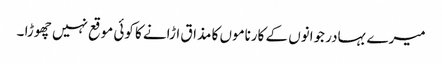
میرے بہادر جوانوں کے کارناموں کا مذاق اڑانے کا کوئی موقع نہیں چھوڑا ۔